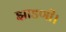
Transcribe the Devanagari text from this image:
झाडणी।